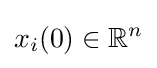
x_{i}(0)\in \mathbb {R} ^{n}